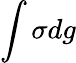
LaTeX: \int\sigma dg